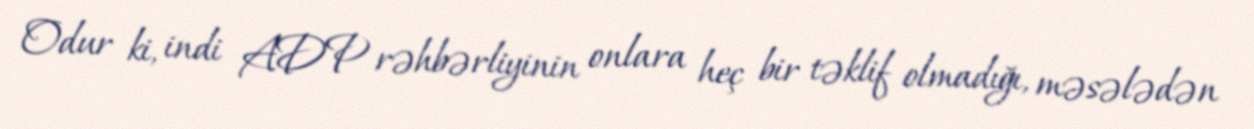
Odur ki, indi ADP rəhbərliyinin onlara heç bir təklif olmadığı, məsələdən